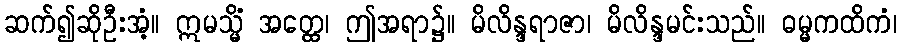
ဆက်၍ဆိုဦးအံ့။ ဣမသ္မိံ အတ္ထေ၊ ဤအရာ၌။ မိလိန္ဒရာဇာ၊ မိလိန္ဒမင်းသည်။ ဓမ္မကထိကံ၊